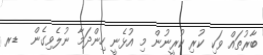
ބާރުތައް ވަކި ކުރި ކުރީނުން މި އުޅެނީ ހިންދަމާ ނުލެވިގެން  ޑރ